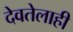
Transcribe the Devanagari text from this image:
देवतेलाही